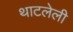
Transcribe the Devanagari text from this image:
थाटलेली